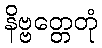
နိဗ္ဗတ္တေတုံ